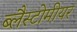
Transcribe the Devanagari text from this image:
ब्लैस्टोमीयर